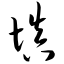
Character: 填